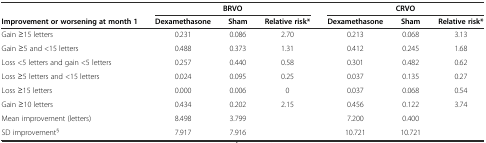
<table><thead><tr><td></td><td colspan="3"><b>BRVO</b></td><td colspan="3"><b>CRVO</b></td></tr><tr><td><b>Improvement or worsening at month 1</b></td><td><b>Dexamethasone</b></td><td><b>Sham</b></td><td><b>Relative risk*</b></td><td><b>Dexamethasone</b></td><td><b>Sham</b></td><td><b>Relative risk*</b></td></tr></thead><tbody><tr><td>Gain ≥15 letters</td><td>0.231</td><td>0.086</td><td>2.70</td><td>0.213</td><td>0.068</td><td>3.13</td></tr><tr><td>Gain ≥5 and &lt;15 letters</td><td>0.488</td><td>0.373</td><td>1.31</td><td>0.412</td><td>0.245</td><td>1.68</td></tr><tr><td>Loss &lt;5 letters and gain &lt;5 letters</td><td>0.257</td><td>0.440</td><td>0.58</td><td>0.301</td><td>0.482</td><td>0.62</td></tr><tr><td>Loss ≥5 letters and &lt;15 letters</td><td>0.024</td><td>0.095</td><td>0.25</td><td>0.037</td><td>0.135</td><td>0.27</td></tr><tr><td>Loss ≥15 letters</td><td>0.000</td><td>0.006</td><td>0</td><td>0.037</td><td>0.068</td><td>0.54</td></tr><tr><td>Gain ≥10 letters</td><td>0.434</td><td>0.202</td><td>2.15</td><td>0.456</td><td>0.122</td><td>3.74</td></tr><tr><td>Mean improvement (letters)</td><td>8.498</td><td>3.799</td><td></td><td>7.200</td><td>0.400</td><td></td></tr><tr><td>SD improvement<sup>§</sup></td><td>7.917</td><td>7.916</td><td></td><td>10.721</td><td>10.721</td><td></td></tr></tbody></table>